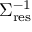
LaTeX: \Sigma _ { \mathrm { r e s } } ^ { - 1 }